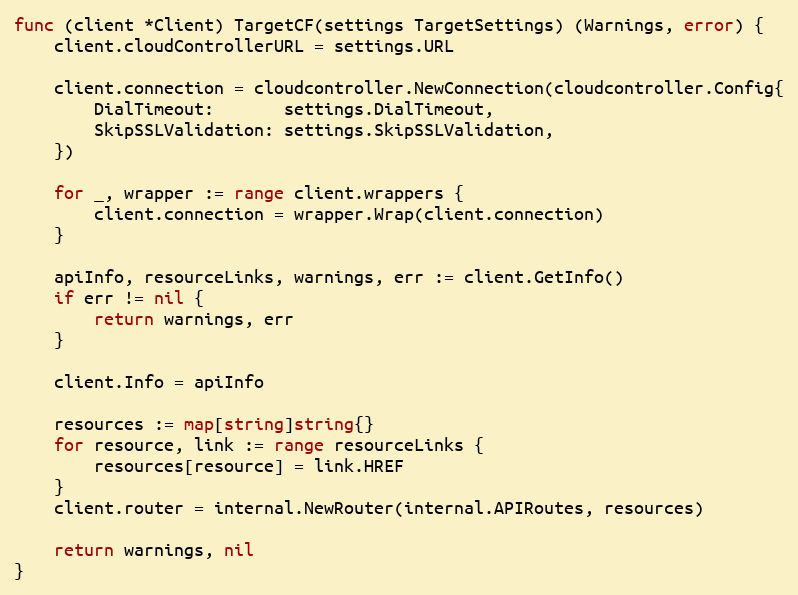
Language: Go
func (client *Client) TargetCF(settings TargetSettings) (Warnings, error) {
	client.cloudControllerURL = settings.URL

	client.connection = cloudcontroller.NewConnection(cloudcontroller.Config{
		DialTimeout:       settings.DialTimeout,
		SkipSSLValidation: settings.SkipSSLValidation,
	})

	for _, wrapper := range client.wrappers {
		client.connection = wrapper.Wrap(client.connection)
	}

	apiInfo, resourceLinks, warnings, err := client.GetInfo()
	if err != nil {
		return warnings, err
	}

	client.Info = apiInfo

	resources := map[string]string{}
	for resource, link := range resourceLinks {
		resources[resource] = link.HREF
	}
	client.router = internal.NewRouter(internal.APIRoutes, resources)

	return warnings, nil
}